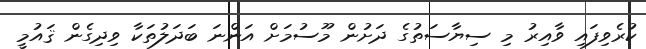
ކުރެވިފައި ވާއިރު މި ސިޔާސަތުގެ ދަށުން މޫސުމަށް އަންނަ ބަދަލުތަކާ ވިދިގެން ޤައުމީ